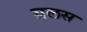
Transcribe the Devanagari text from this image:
ग्रलस